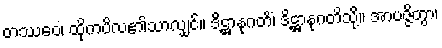
တဿေဝ၊ ထိုကပိလ၏သာလျှင်။ ဒိဋ္ဌာနုဂတိံ၊ ဒိဋ္ဌာနုဂတိသို့။ အာပဇ္ဇိတွာ၊